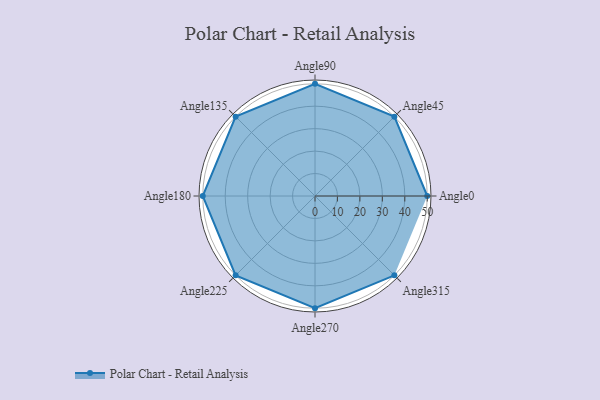
{"axis": {"x": "Angle", "y": "Radius"}, "legend": [""], "data": [{"x": "Angle0", "y": 50, "type": ""}, {"x": "Angle45", "y": 50, "type": ""}, {"x": "Angle90", "y": 50, "type": ""}, {"x": "Angle135", "y": 50.0, "type": ""}, {"x": "Angle180", "y": 50, "type": ""}, {"x": "Angle225", "y": 50, "type": ""}, {"x": "Angle270", "y": 50, "type": ""}, {"x": "Angle315", "y": 50, "type": ""}]}